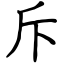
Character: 斥